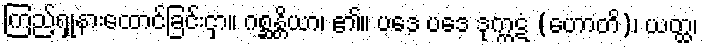
ကြည့်ရှုနားထောင်ခြင်းငှာ။ ဂစ္ဆန္တိယာ၊ ၏။ ပဒေ ပဒေ ဒုက္ကဋံ (ဟောတိ)၊ ယတ္ထ၊